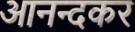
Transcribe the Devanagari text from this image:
आनन्दकर